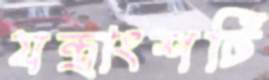
যন্ত্রাংশটি